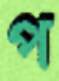
প